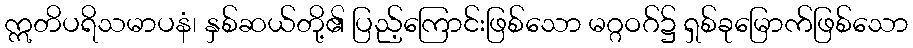
ဣတိပရိသမာပနံ၊ နှစ်ဆယ်တို့၏ ပြည့်ကြောင်းဖြစ်သော မဂ္ဂဝဂ်၌ ရှစ်ခုမြောက်ဖြစ်သော